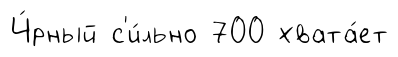
Ч́рный с'и́льно 700 хвата́ет